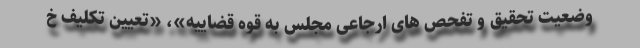
وضعیت تحقیق و تفحص های ارجاعی مجلس به قوه قضاییه»، «تعیین تکلیف خ